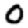
Digit: 0